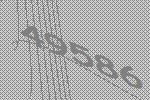
49586